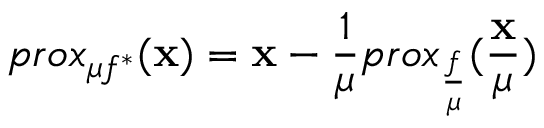
p r o x _ { \mu f ^ { * } } ( \mathbf { x } ) = \mathbf { x } - \frac { 1 } { \mu } p r o x _ { \frac { f } { \mu } } ( \frac { \mathbf { x } } { \mu } )